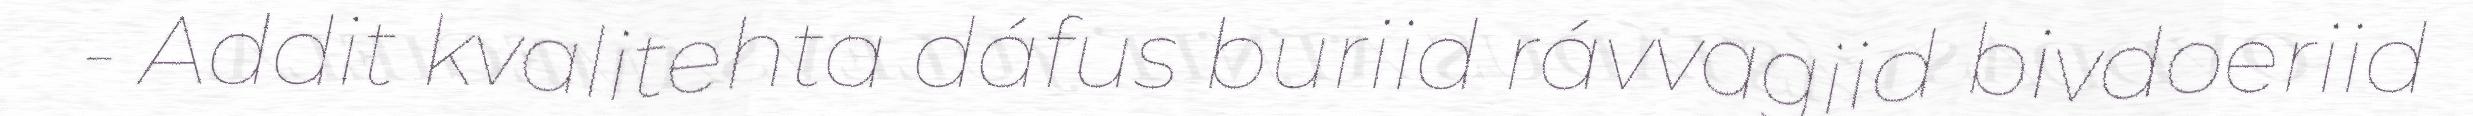
- Addit kvalitehta dáfus buriid rávvagiid bivdoeriid